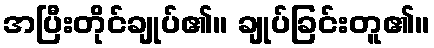
အပြီးတိုင်ချုပ်၏။ ချုပ်ခြင်းတူ၏။